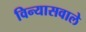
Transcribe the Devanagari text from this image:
विन्यासवाले